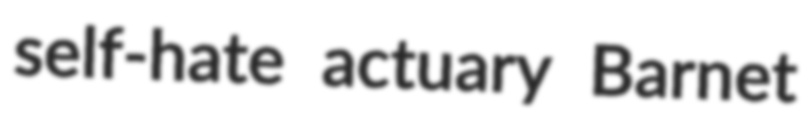
self-hate actuary Barnet